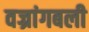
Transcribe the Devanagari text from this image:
वज्रांगबली